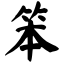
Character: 笨